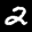
Label: 2